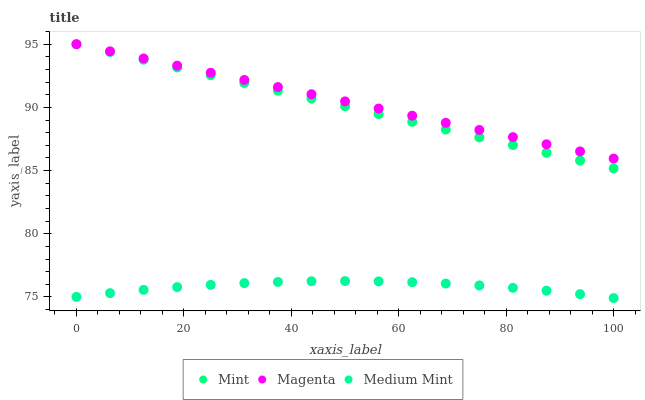
| xaxis_label | Mint | Magenta | Medium Mint |
 | --- | --- | --- | --- |
 | 0 | 95 | 95 | 75 |
 | 6.25 | 94.4 | 94.4 | 75.3 |
 | 12.5 | 93.8 | 93.9 | 75.6 |
 | 18.8 | 93.2 | 93.3 | 75.8 |
 | 25 | 92.5 | 92.7 | 76 |
 | 31.2 | 91.9 | 92.2 | 76.1 |
 | 37.5 | 91.3 | 91.6 | 76.2 |
 | 43.8 | 90.7 | 91 | 76.2 |
 | 50 | 90.1 | 90.5 | 76.3 |
 | 56.2 | 89.5 | 89.9 | 76.2 |
 | 62.5 | 88.9 | 89.3 | 76.2 |
 | 68.8 | 88.2 | 88.8 | 76.1 |
 | 75 | 87.6 | 88.2 | 75.9 |
 | 81.2 | 87 | 87.6 | 75.7 |
 | 87.5 | 86.4 | 87.1 | 75.5 |
 | 93.8 | 85.8 | 86.5 | 75.2 |
 | 100 | 85.2 | 85.9 | 74.9 |